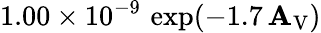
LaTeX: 1.00\times10^{-9}\, \exp(-1.7\, \mathbf{A}_{\mathrm{{V}}})